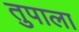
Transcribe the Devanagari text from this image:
तुपाला